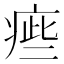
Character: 㾚